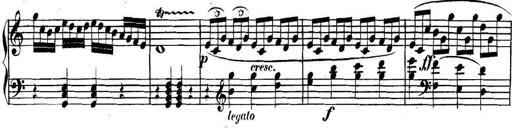
Title: Collected Piano Sonatas
Composer: Muzio Clementi